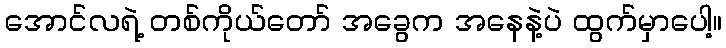
အောင်လရဲ့ တစ်ကိုယ်တော် အခွေက အနေနဲ့ပဲ ထွက်မှာပေါ့။